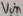
Text: Vin